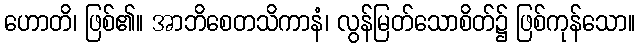
ဟောတိ၊ ဖြစ်၏။ အာဘိစေတသိကာနံ၊ လွန်မြတ်သောစိတ်၌ ဖြစ်ကုန်သော။